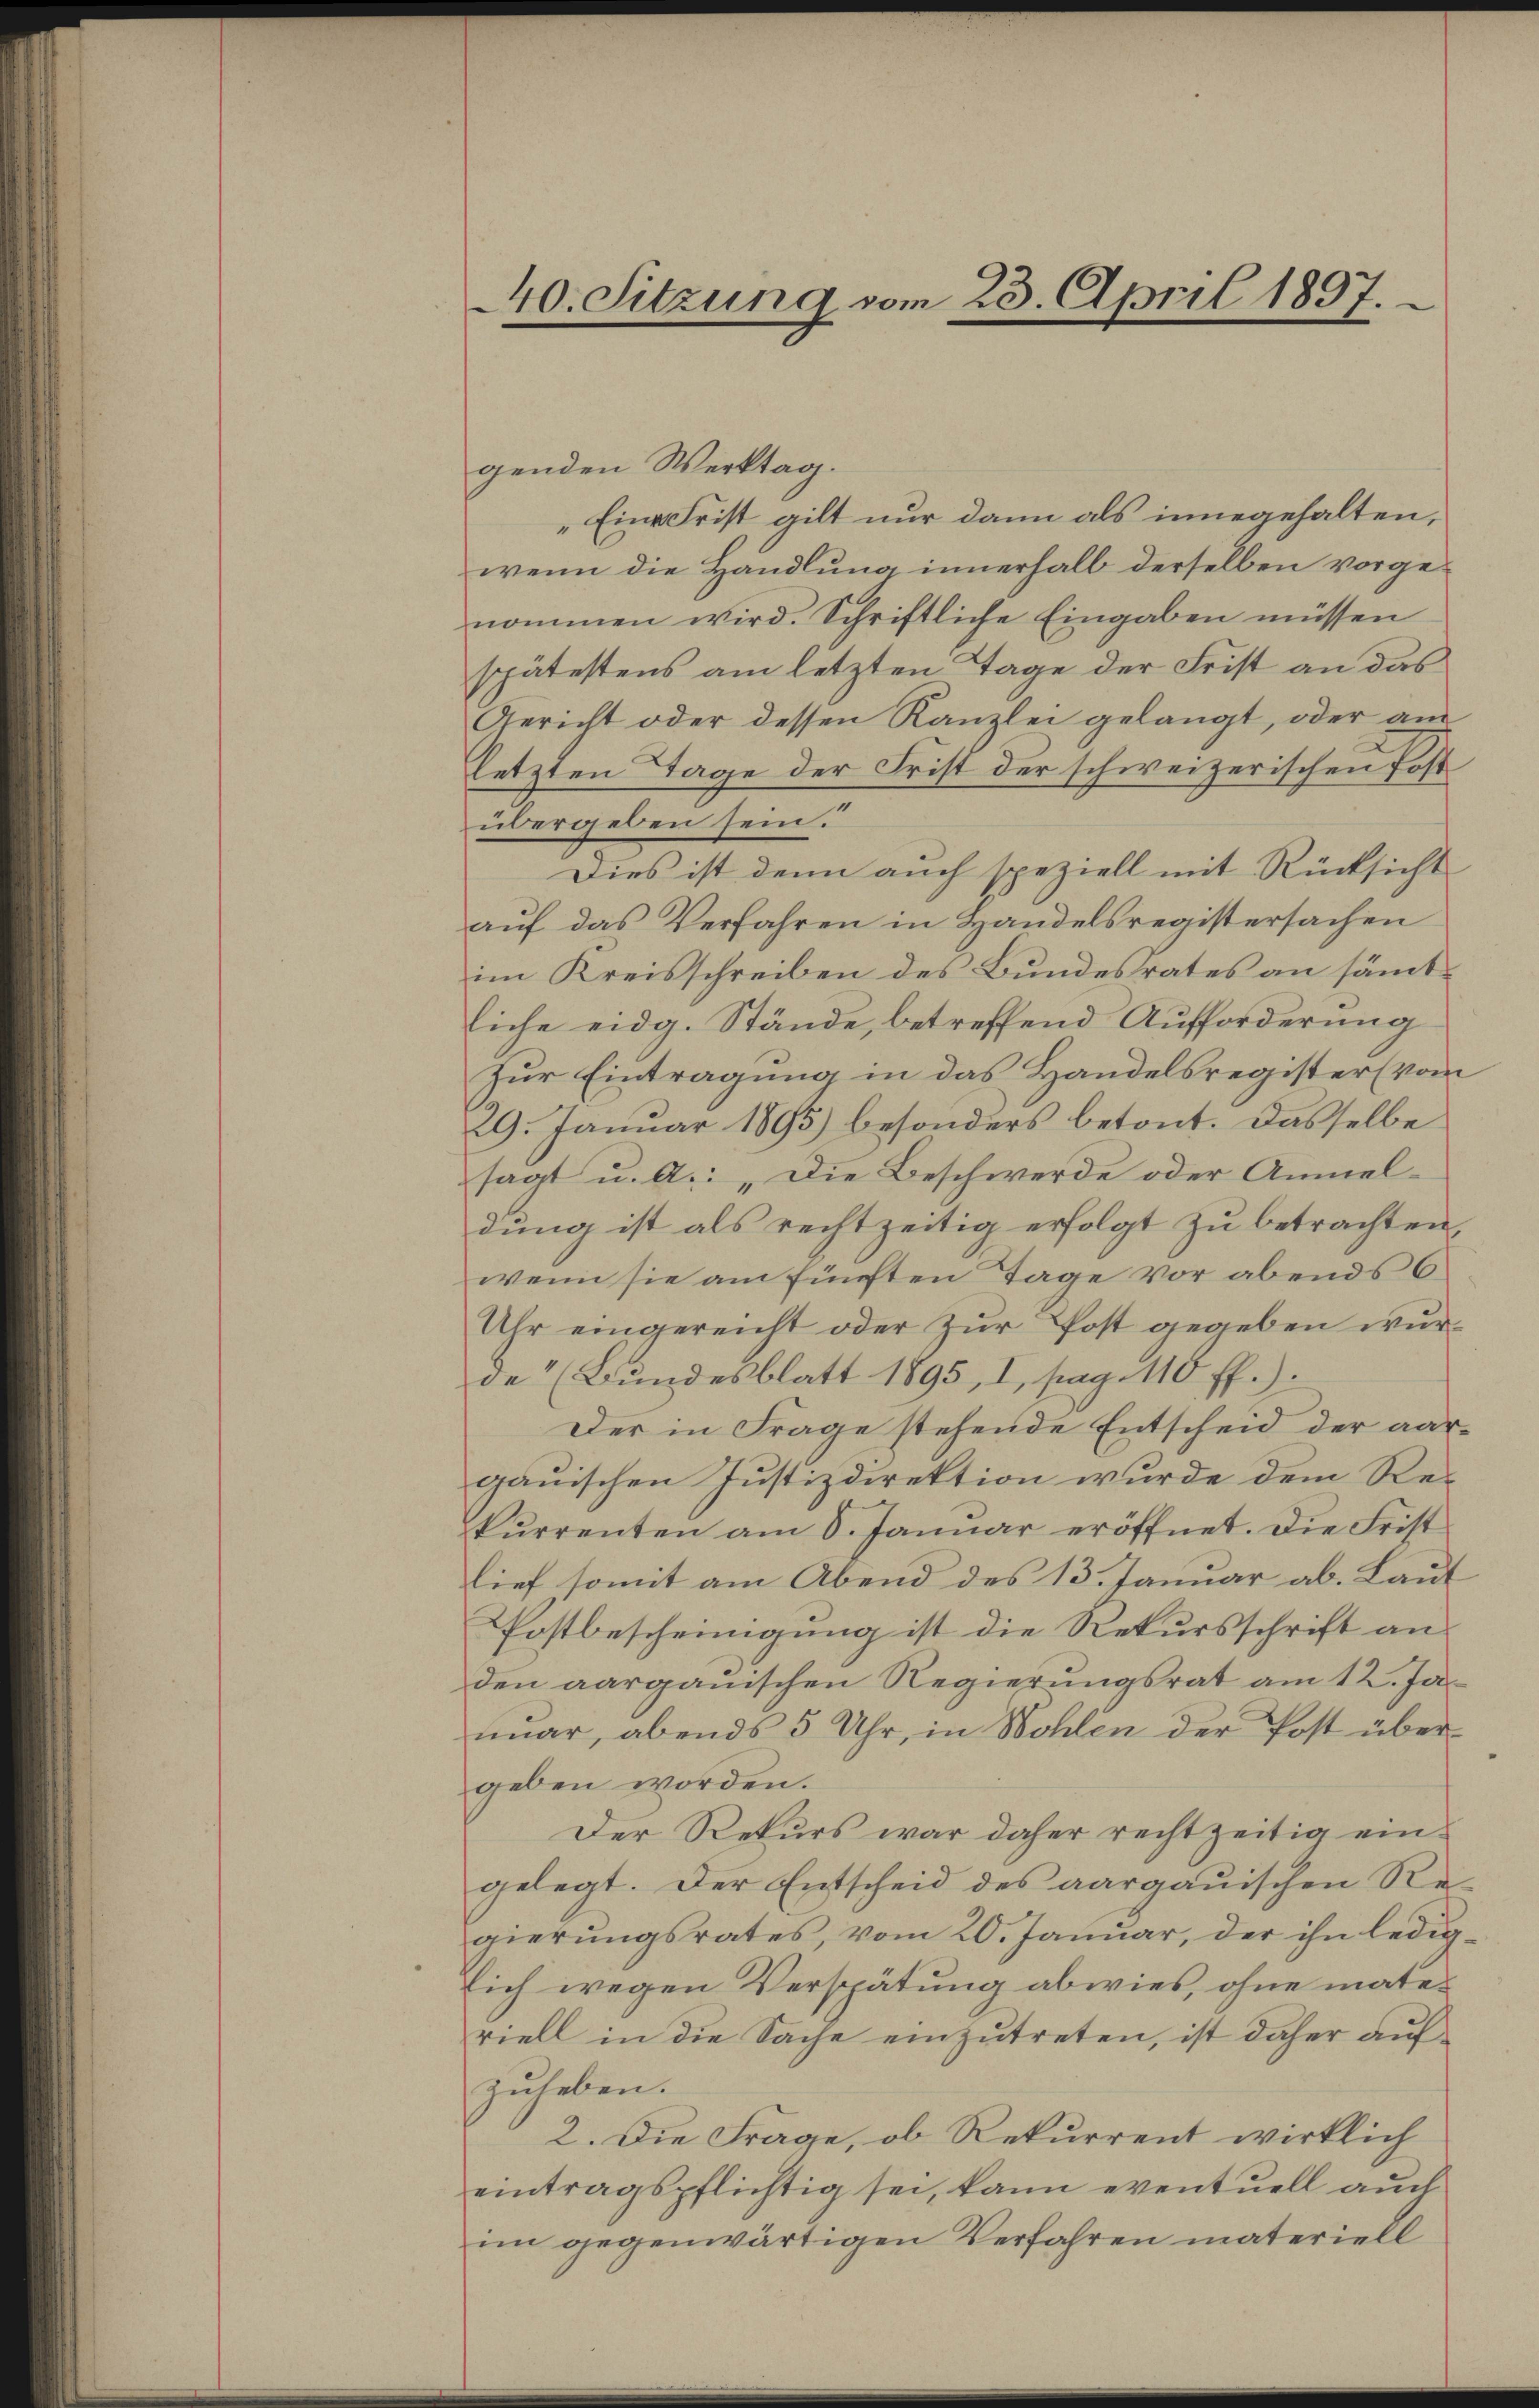
440. Sitzung vom 23. April 1897.

genden Werktag.
„Eine Frist gilt nur dann als innegehalten,
wenn die Handlung innerhalb derselben vorgenommen wird. Schriftliche Eingaben müssen
spätestens am letzten Tage der Frist an das
Gericht oder dessen Kanzlei gelangt, oder am
letzten Tage der Frist der schweizerischen Post
übergeben sein.
Dies ist denn auch speziell mit Rücksicht
auf das Verfahren in Handelsregistersachen
im Kreisschreiben des Bundesrates an sämmtliche eidg. Stände, betreffend Aufforderung
Zur Eintragung in das Handelsregister (vom
29. Januar 1895) besonders betont. Dasselbe
sagt u. a.: „Die Beschwerde oder Anmeldung ist als rechtzeitig erfolgt zu betrachten,
wenn sie am fünften Tage vor abends 6
Uhr eingereicht oder Zur Post gegeben wurde (Bundesblatt 1895, I, pag. 110 ff.).
Der in Frage stehende Entscheid der aargauischen Justizdirektion wurde dem Rekurrenten am 8. Januar eröffnet. Die Fristlief somit am Abend des 13. Januar ab. Laut
Postbescheinigung ist die Rekursschrift an
den aargauischen Regierungsrat am 12. Jamar, abends 5 Uhr, in Wohlen der Post über
geben worden.
Der Rekurs war daher rechtzeitig eingelegt. Der Entscheid des aargauischen Re-
gierungsrates, vom 20. Januar, der ihn ledigsich wegen Verspätung abwies, ohne materiell in die Sache einzutreten, ist daher auf
zuheben.
2. Die Frage, ob Rekurrent wirklich
eintragspflichtig sei, kann eventuell auch
im gegenwärtigen Verfahren materiell